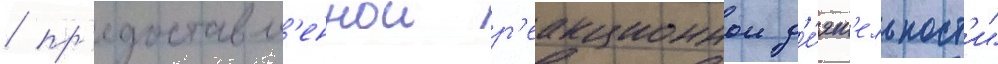
/ пр'едоставл'еннои р'еакционнои д'е́ят'ельност'и"